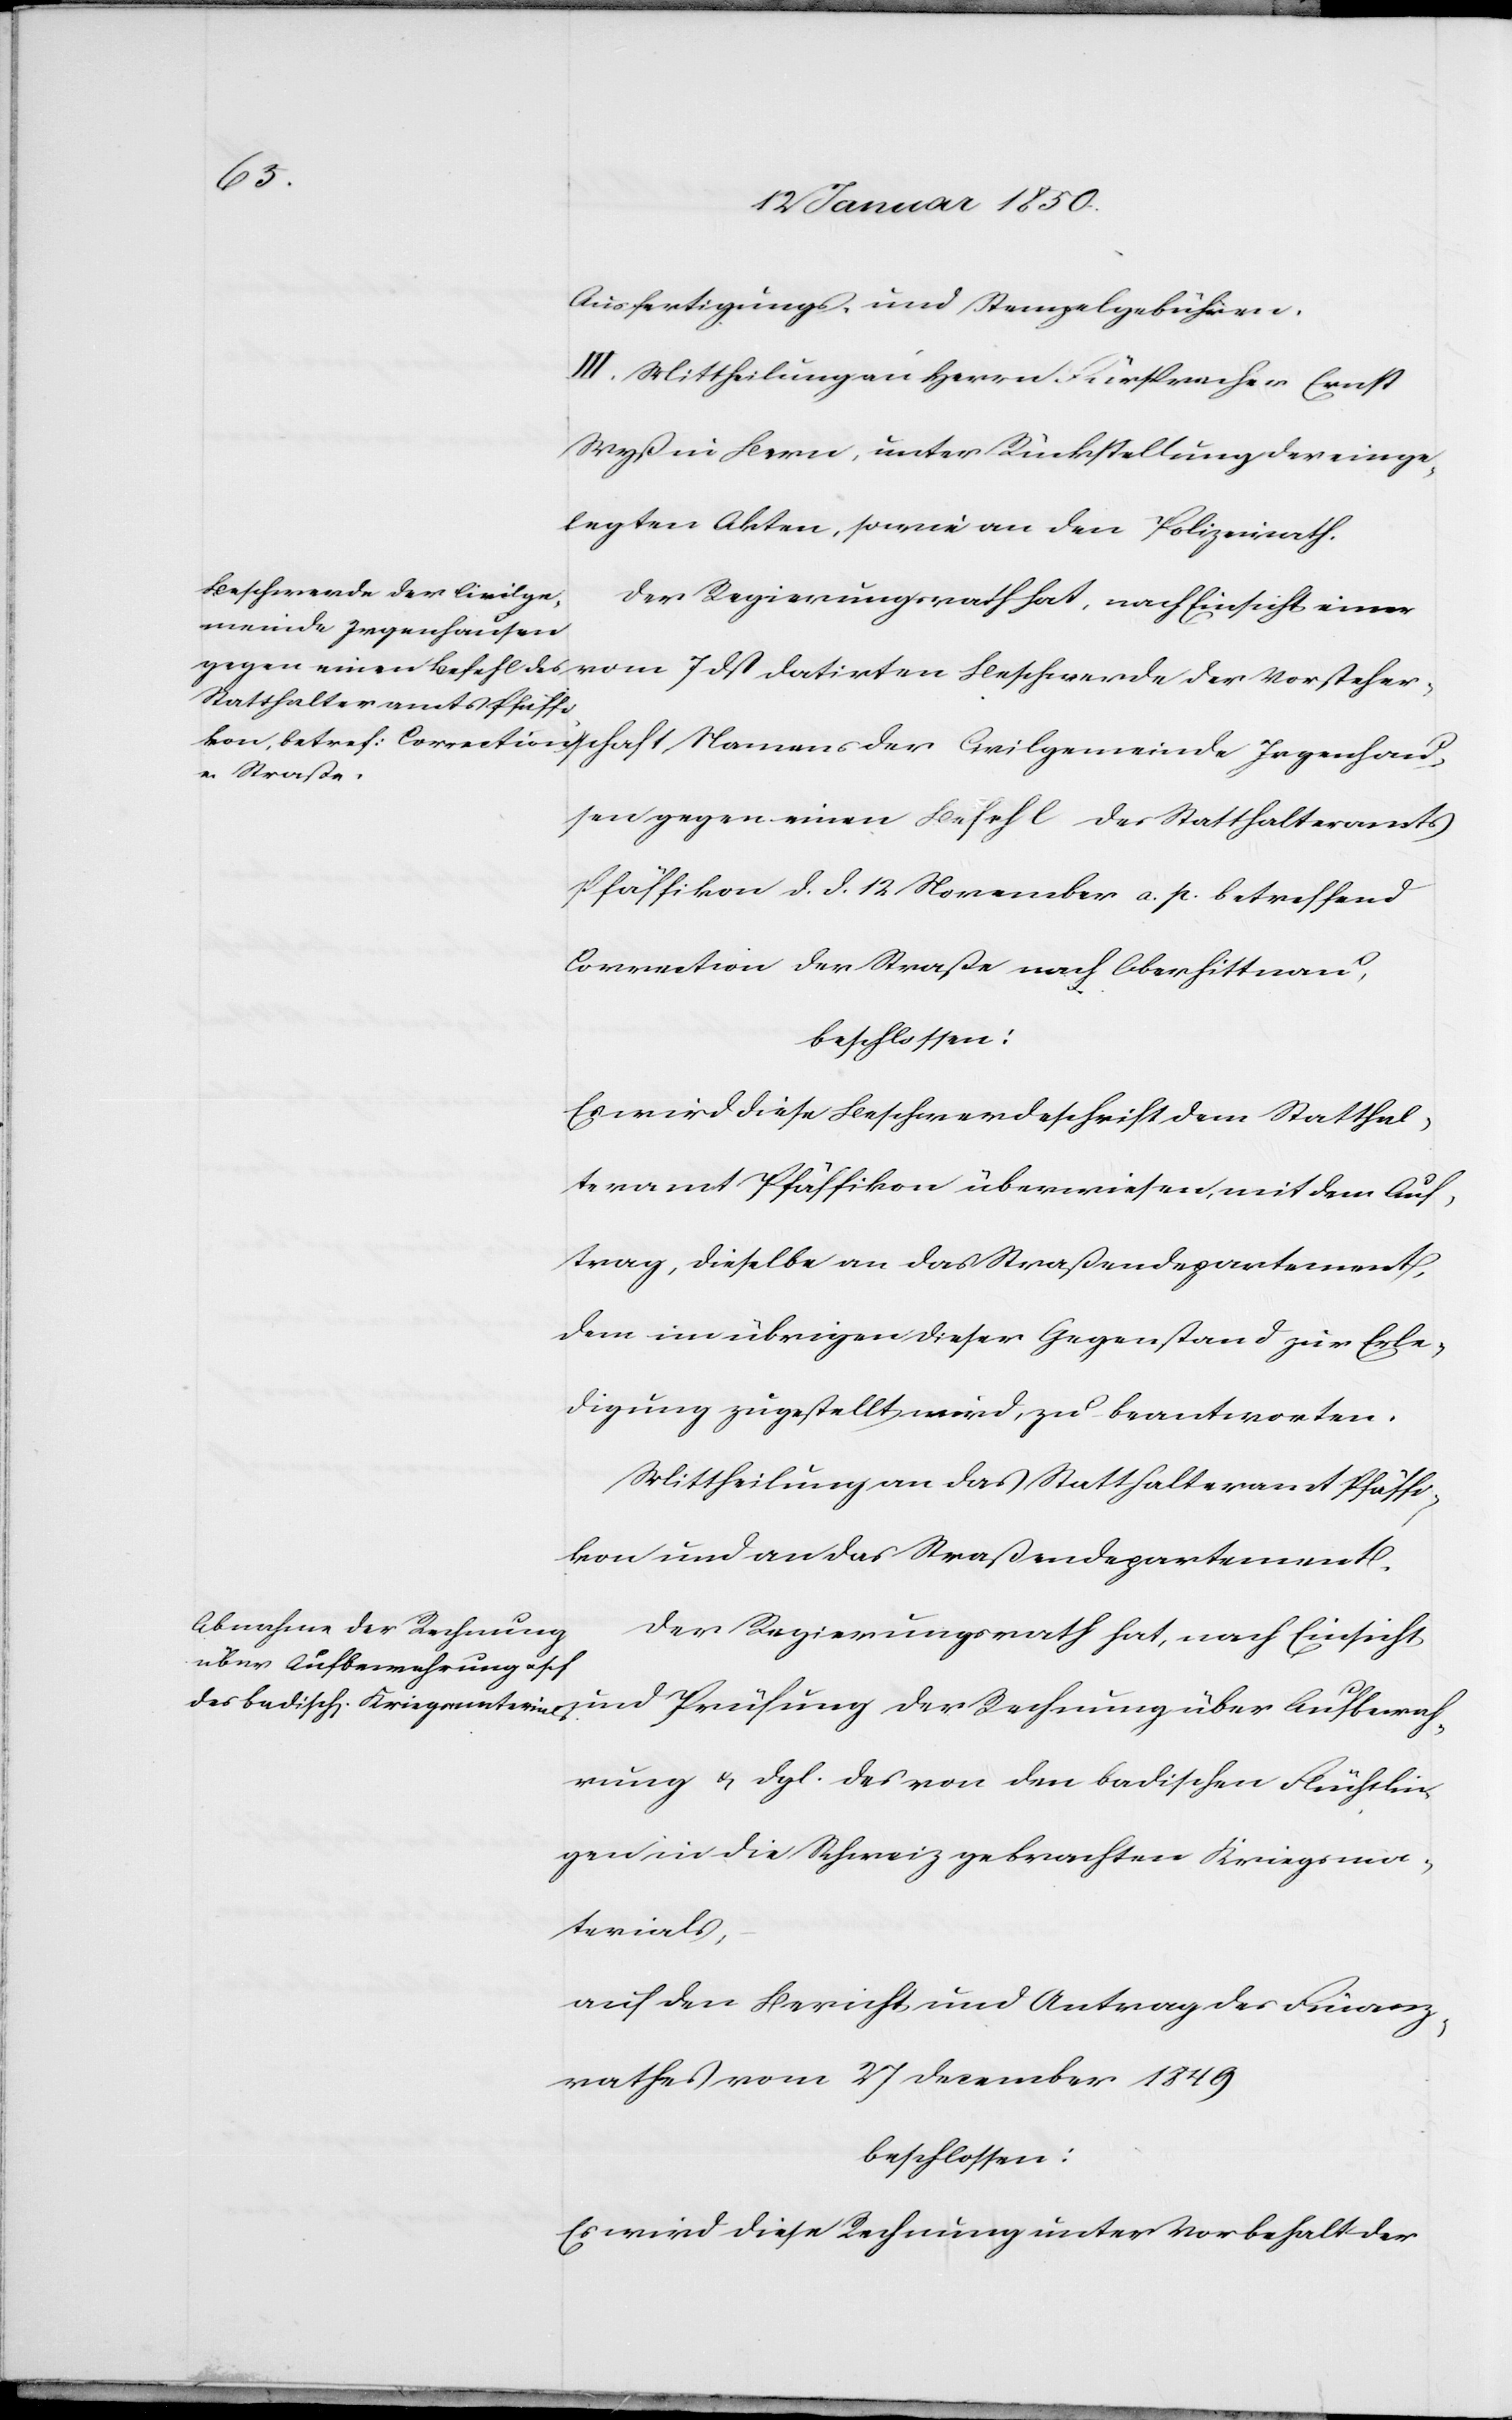
Civil¬
Ausfertigungs- und Stempelgebühren.
III. Mittheilungen Herrn Fürsprecher Ernst
Wyß in Bern, unter Rückstellung der einge¬
legten Akten, sowie an den Polizeirath.
Der Regierungsrath hat, nach Einsicht einer
gemeinde Irgenhause¬
n gegen einen Befehl des Statthalteramts
Pfäffikon d. d. 12 November a. p. betreffend
Correction der Straße nach Oberhittnau,
beschlossen:
Es wird diese Beschwerdeschrift dem Statthal¬
teramt Pfäffikon überwiesen, mit dem Auf¬
trag, dieselbe an das Straßendepartement,
dem im übrigen dieser Gegenstand zur Erle¬
digung zugestellt wird, zu beantworten.
Mittheilung an das Statthalteramt Pfäffi¬
kon und an das Straßendepartement.
Der Regierungsrath hat, nach Einsicht
und Prüfung der Rechnung über Aufbewah¬
rung u. dgl. des von den badischen Flüchtlin¬
gen in die Schweiz gebrachten Kriegsma¬
terials,
auf den Bericht und Antrag des Finanz¬
rathes vom 27 December 1849
beschlossen:
Es wird diese Rechnung unter Vorbehalt der